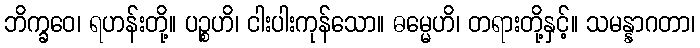
ဘိက္ခဝေ၊ ရဟန်းတို့။ ပဉ္စဟိ၊ ငါးပါးကုန်သော။ ဓမ္မေဟိ၊ တရားတို့နှင့်။ သမန္နာဂတာ၊